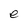
Character: e